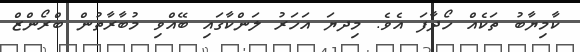
ކާމިޔާބު ތަކެއް ހޯދާފަ އެވެ. މިިދޔަ އަހަރު ލަންކާގައި ބޭއްވި މުބާރާތުން ބްރޯންޒް